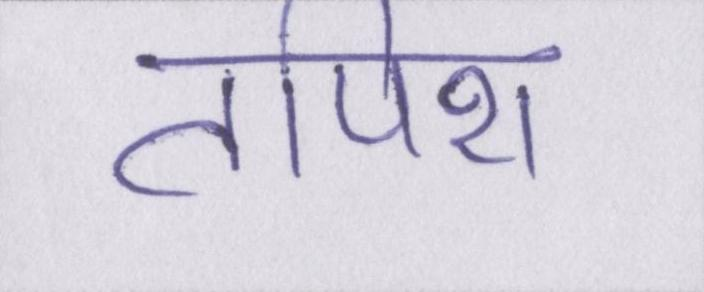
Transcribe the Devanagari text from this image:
तपिश